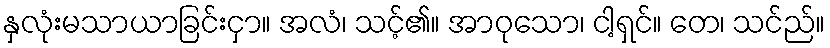
နှလုံးမသာယာခြင်းငှာ။ အလံ၊ သင့်၏။ အာဝုသော၊ ငါ့ရှင်။ တေ၊ သင်ည်။